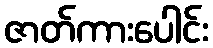
ဇာတ်ကားပေါင်း